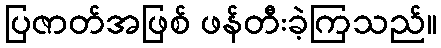
ပြဇာတ်အဖြစ် ဖန်တီးခဲ့ကြသည်။